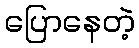
ပြောနေတဲ့